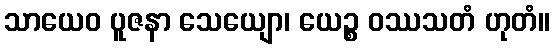
သာယေဝ ပူဇနာ သေယျော၊ ယေဉ္စ ဝဿသတံ ဟုတံ။